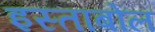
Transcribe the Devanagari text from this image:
इस्ताबोल